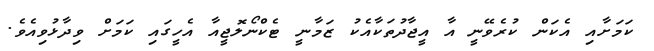
ކަމަށާއި އެކަން ކުރެވޭނީ އާ އީޖާދުތަކާއެކު ޒަމާނީ ޓެކްނޯލޮޖީއާ އެހީގައި ކަމަށް ވިދާޅުވިއެވެ.